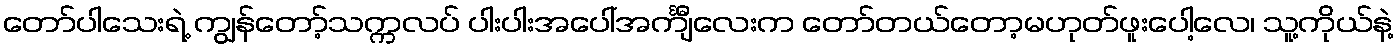
တော်ပါသေးရဲ့ ကျွန်တော့်သက္ကလပ် ပါးပါးအပေါ်အင်္ကျီလေးက တော်တယ်တော့မဟုတ်ဖူးပေါ့လေ၊ သူ့ကိုယ်နဲ့